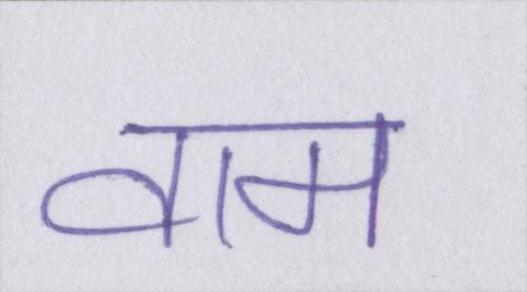
वाम